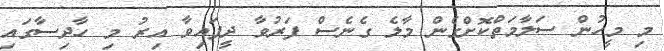
މި މީހުން ސަލާމަތްކޮށްގެން މާލެ ގެނެސް ފަރުވާ ދީފައިވާ އިރު މި ހާދިސާގައި